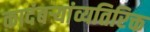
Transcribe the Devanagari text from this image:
कादंबऱ्यांव्यतिरिक्त